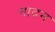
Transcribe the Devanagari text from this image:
नादम